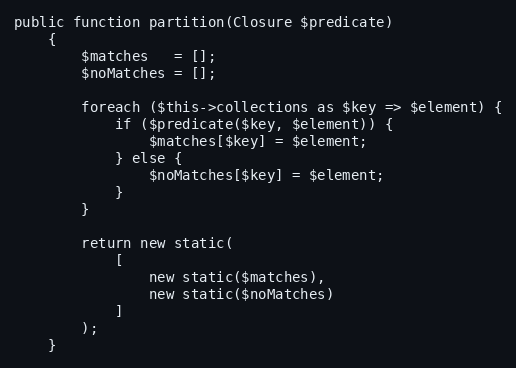
Language: PHP
public function partition(Closure $predicate)
    {
        $matches   = [];
        $noMatches = [];

        foreach ($this->collections as $key => $element) {
            if ($predicate($key, $element)) {
                $matches[$key] = $element;
            } else {
                $noMatches[$key] = $element;
            }
        }

        return new static(
            [
                new static($matches),
                new static($noMatches)
            ]
        );
    }